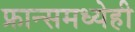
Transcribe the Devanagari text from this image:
फ्रान्समध्येही